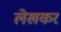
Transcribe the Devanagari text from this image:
लेखकर